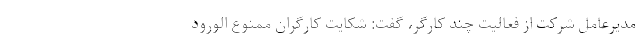
مدیرعامل شرکت از فعالیت چند کارگر، گفت: شکایت کارگران ممنوع الورود